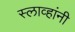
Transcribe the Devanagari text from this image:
स्लाव्हांनी